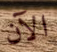
الآن